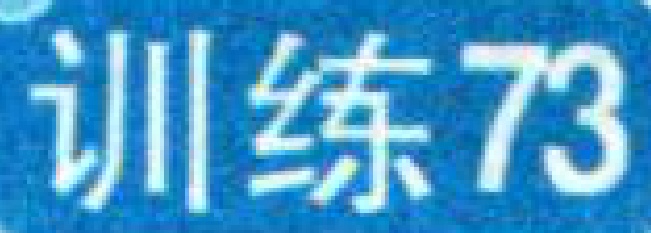
训练73